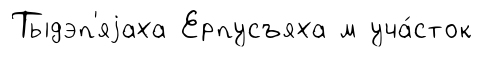
Тыдэп'яjаха Ерпусъяха м уча́сток